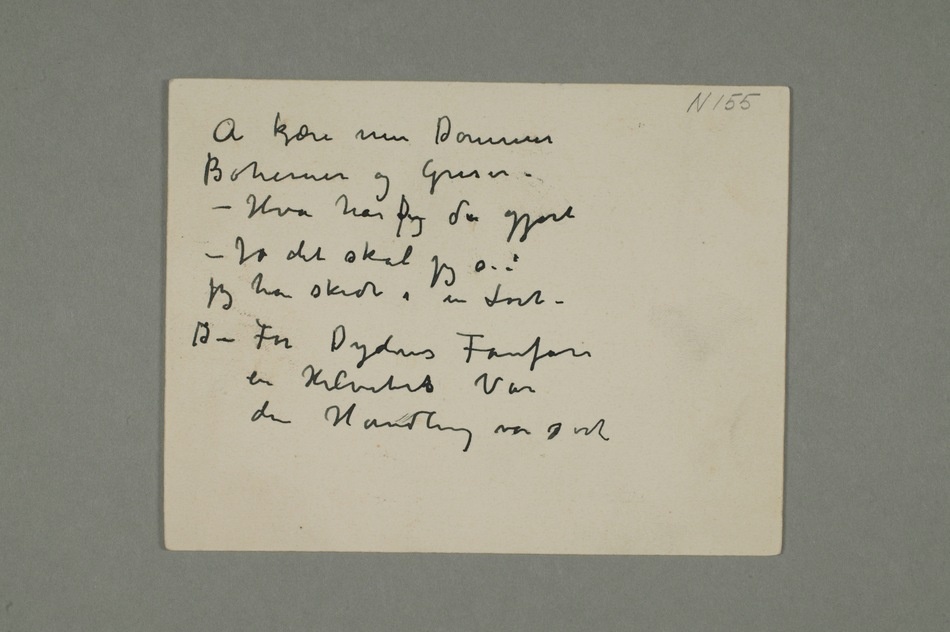
Å kjære min Dommer
Bohemer og Griser –
– Hva har Dujeg da gjort –
Jo det skal jeg si: jeg
har skidt i en Lort –
– For Dydens Fanfare
en Helvetets Vare
den Handling var sort